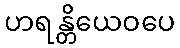
ဟရန္တိယေဝပေ